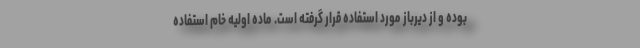
بوده و از دیرباز مورد استفاده قرار گرفته است. ماده‌ اولیه خام استفاده‌